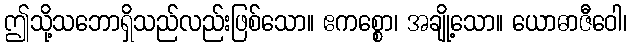
ဤသို့သဘောရှိသည်လည်းဖြစ်သော။ ဧကစ္စော၊ အချို့သော။ ယောဓာဇီဝေါ၊